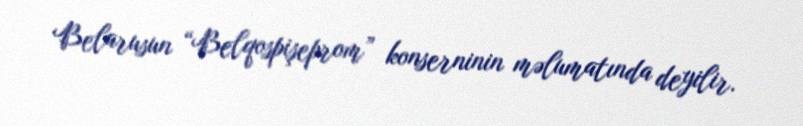
Belarusun “Belqospişeprom” konserninin məlumatında deyilir.